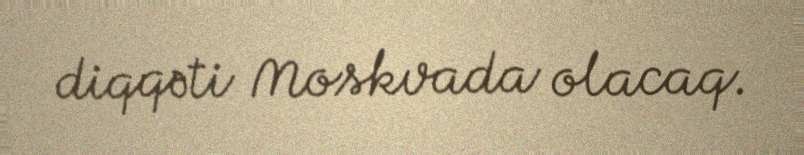
diqqəti Moskvada olacaq.